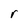
Character: r